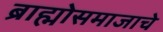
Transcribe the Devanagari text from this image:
ब्राह्मोसमाजाचे